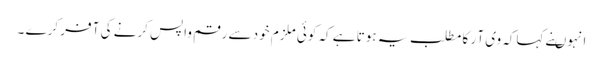
انہوںنے کہاکہ وی آ ر کا مطلب یہ ہوتا ہے کہ کوئی ملزم خود سے رقم واپس کرنے کی آ فر کرے ۔